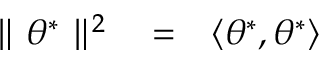
\begin{array} { r l r } { \parallel \theta ^ { * } \parallel ^ { 2 } } & { { } = } & { \langle \theta ^ { * } , \theta ^ { * } \rangle } \end{array}